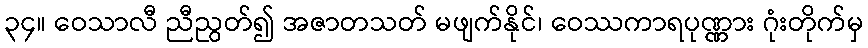
၃၄။ ဝေသာလီ ညီညွတ်၍ အဇာတသတ် မဖျက်နိုင်၊ ဝေဿကာရပုဏ္ဏား ဂုံးတိုက်မှ